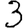
Digit: 3